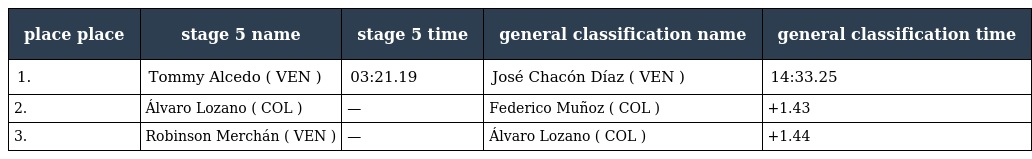
| place place | stage 5 name | stage 5 time | general classification name | general classification time |
 | --- | --- | --- | --- | --- |
 | 1. | Tommy Alcedo ( VEN ) | 03:21.19 | José Chacón Díaz ( VEN ) | 14:33.25 |
 | 2. | Álvaro Lozano ( COL ) | — | Federico Muñoz ( COL ) | +1.43 |
 | 3. | Robinson Merchán ( VEN ) | — | Álvaro Lozano ( COL ) | +1.44 |